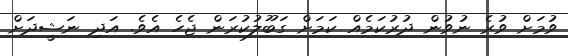
ވުމަށް ވުރެ ނުވުން ދުރުކަމެއް ކަމަށް ގަބޫލުކުރަން ޖެހެ އެވެ. އަދި ނަޝީދަށް